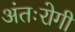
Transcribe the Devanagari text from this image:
अंतःरोगी